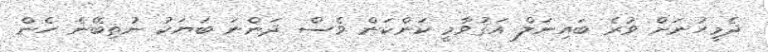
ދެމީހުނަށް ވުރެ ބައިނަލް އަޤުވާމީ ކަންކަން ވެސް ދަންނަ ބަޔަކު ނުތިބޭނެ ހެން